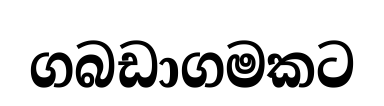
ගබඩාගමකට